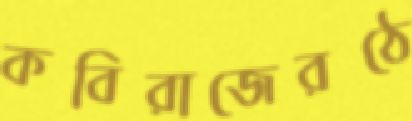
কবিরাজেরঠে